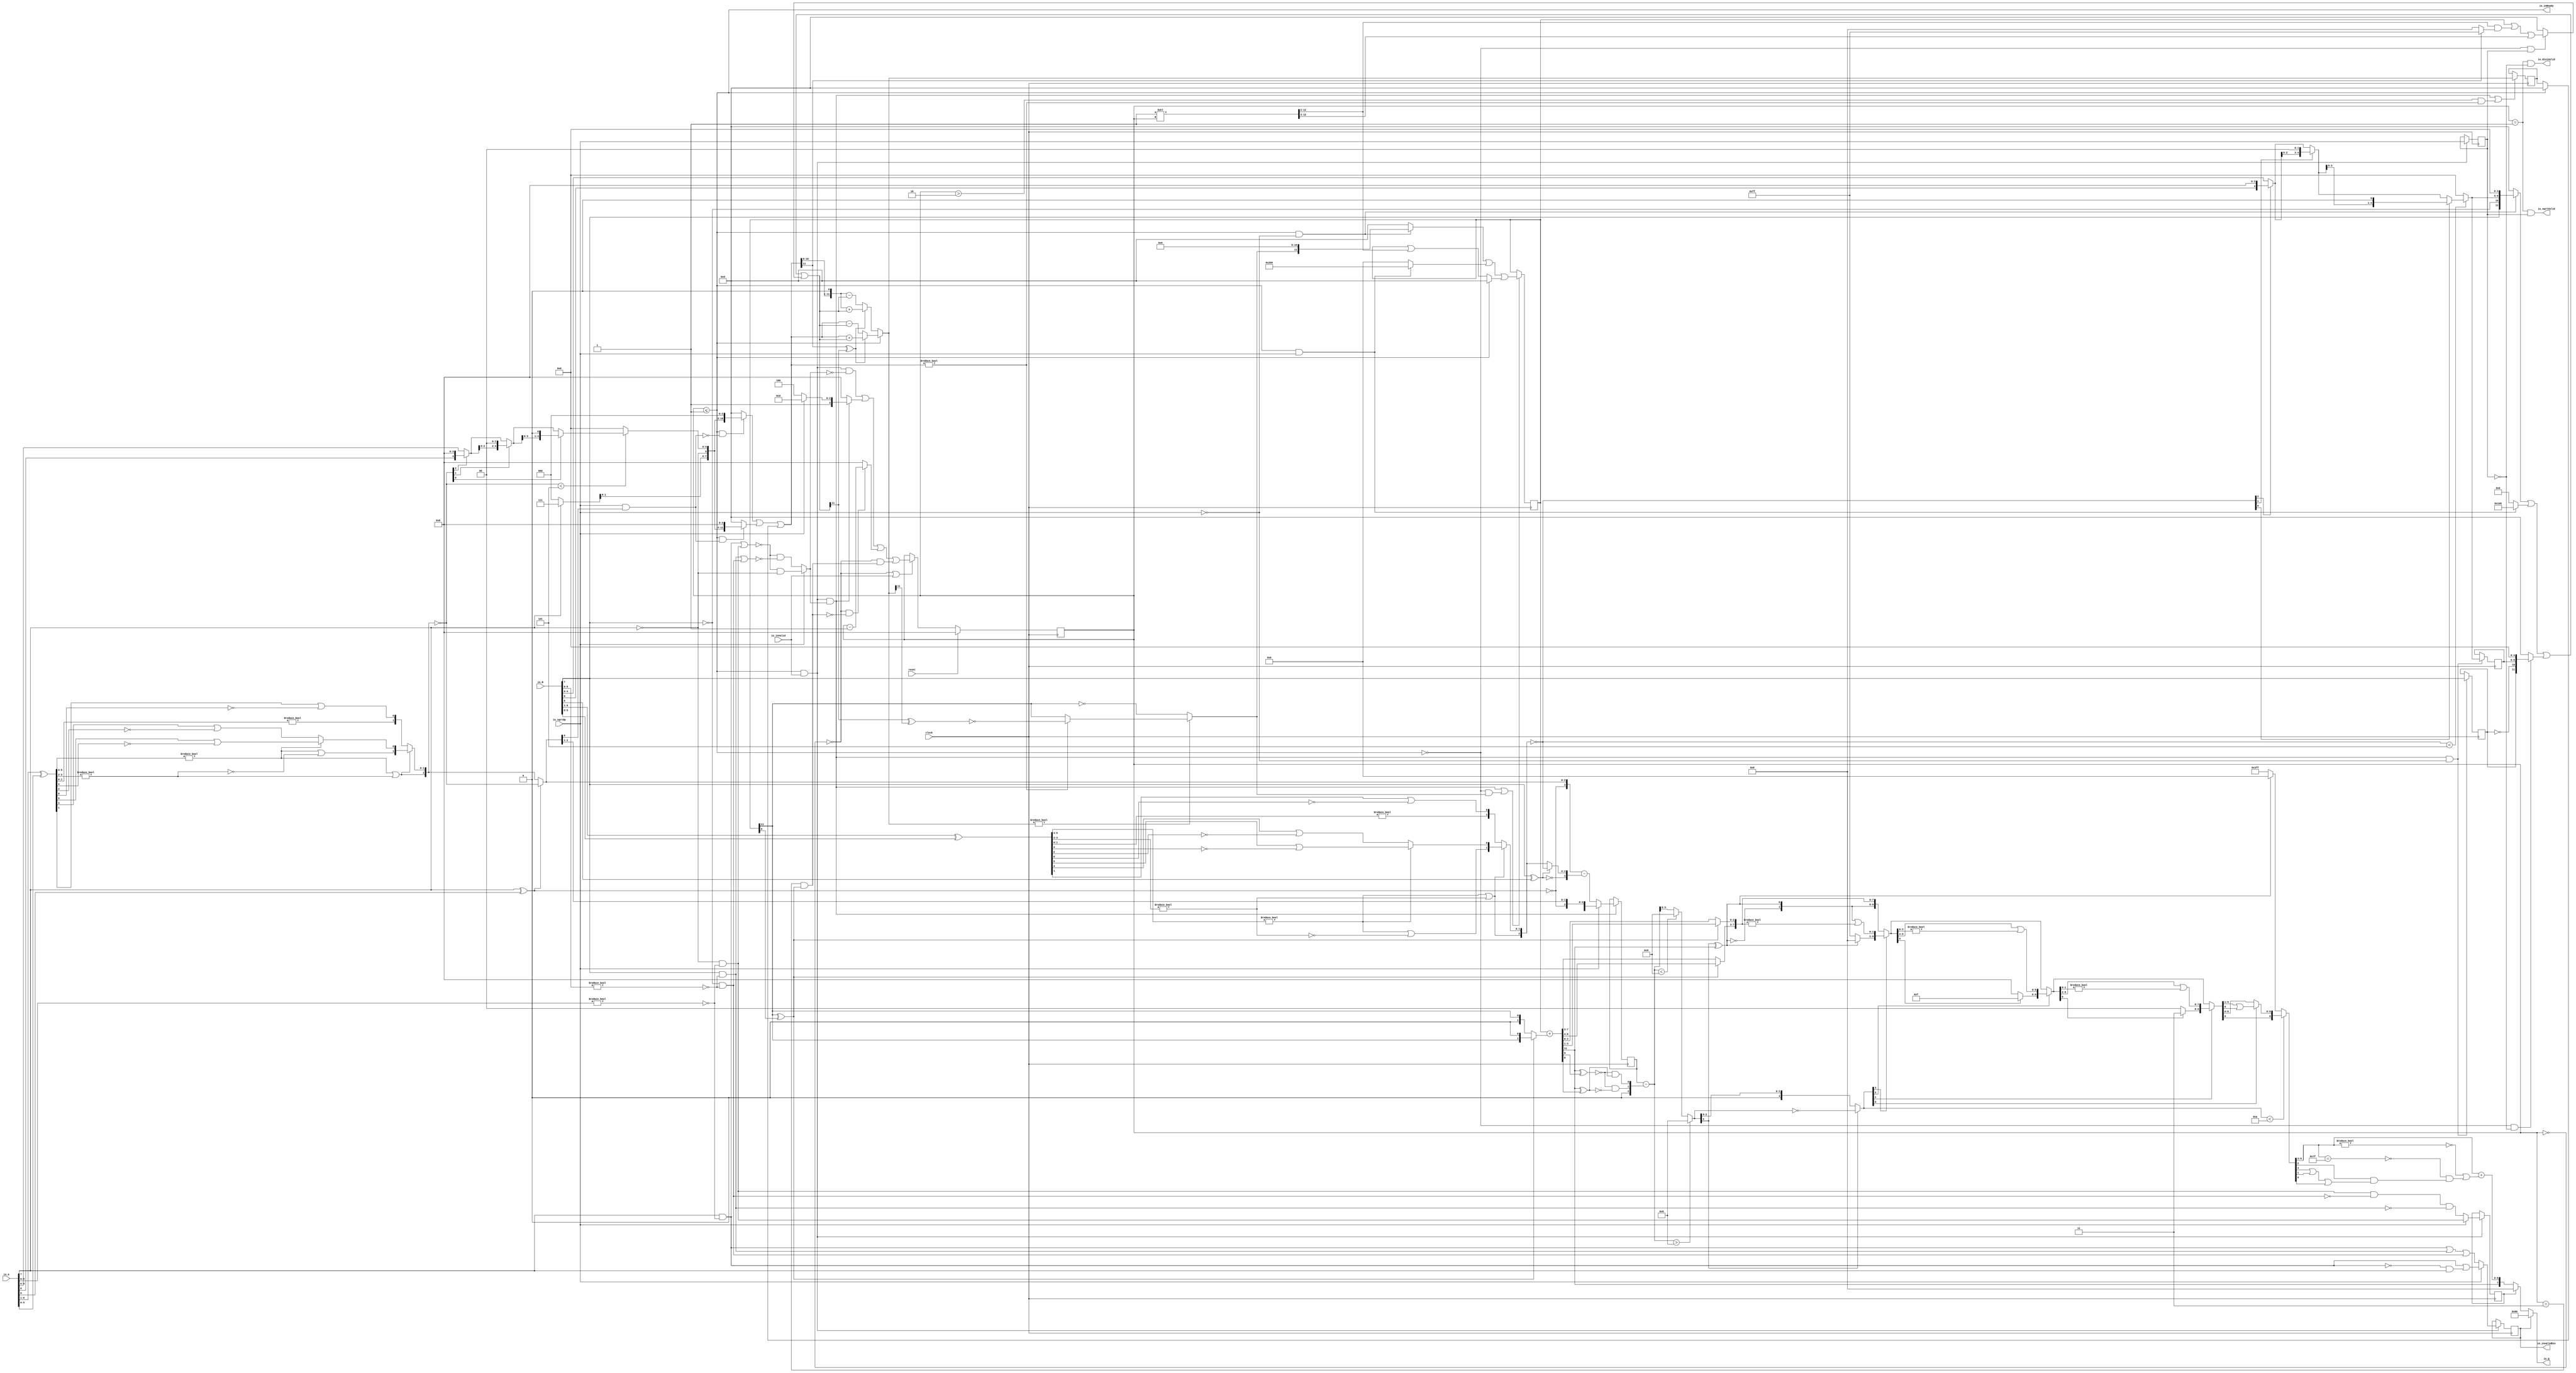
module PositDivSqrter8_0(
  input        clock,
  input        reset,
  output       io_inReady,
  input        io_inValid,
  input        io_sqrtOp,
  input  [7:0] io_A,
  input  [7:0] io_B,
  output       io_diviValid,
  output       io_sqrtValid,
  output       io_invalidExc,
  output [7:0] io_Q
);
  reg [3:0] cycleNum; // @[PositDivisionSqrt.scala 63:26]
  reg [31:0] _RAND_0;
  reg  sqrtOp_Z; // @[PositDivisionSqrt.scala 65:22]
  reg [31:0] _RAND_1;
  reg  isNaR_Z; // @[PositDivisionSqrt.scala 66:22]
  reg [31:0] _RAND_2;
  reg  isZero_Z; // @[PositDivisionSqrt.scala 67:22]
  reg [31:0] _RAND_3;
  reg [4:0] scale_Z; // @[PositDivisionSqrt.scala 68:22]
  reg [31:0] _RAND_4;
  reg  signB_Z; // @[PositDivisionSqrt.scala 69:28]
  reg [31:0] _RAND_5;
  reg [4:0] fractB_Z; // @[PositDivisionSqrt.scala 70:22]
  reg [31:0] _RAND_6;
  reg [11:0] rem_Z; // @[PositDivisionSqrt.scala 71:22]
  reg [31:0] _RAND_7;
  reg [11:0] sigX_Z; // @[PositDivisionSqrt.scala 72:22]
  reg [31:0] _RAND_8;
  wire  _T_1; // @[convert.scala 18:24]
  wire  _T_2; // @[convert.scala 18:40]
  wire  _T_3; // @[convert.scala 18:36]
  wire [5:0] _T_4; // @[convert.scala 19:24]
  wire [5:0] _T_5; // @[convert.scala 19:43]
  wire [5:0] _T_6; // @[convert.scala 19:39]
  wire [3:0] _T_7; // @[LZD.scala 43:32]
  wire [1:0] _T_8; // @[LZD.scala 43:32]
  wire  _T_9; // @[LZD.scala 39:14]
  wire  _T_10; // @[LZD.scala 39:21]
  wire  _T_11; // @[LZD.scala 39:30]
  wire  _T_12; // @[LZD.scala 39:27]
  wire  _T_13; // @[LZD.scala 39:25]
  wire [1:0] _T_14; // @[Cat.scala 29:58]
  wire [1:0] _T_15; // @[LZD.scala 44:32]
  wire  _T_16; // @[LZD.scala 39:14]
  wire  _T_17; // @[LZD.scala 39:21]
  wire  _T_18; // @[LZD.scala 39:30]
  wire  _T_19; // @[LZD.scala 39:27]
  wire  _T_20; // @[LZD.scala 39:25]
  wire [1:0] _T_21; // @[Cat.scala 29:58]
  wire  _T_22; // @[Shift.scala 12:21]
  wire  _T_23; // @[Shift.scala 12:21]
  wire  _T_24; // @[LZD.scala 49:16]
  wire  _T_25; // @[LZD.scala 49:27]
  wire  _T_26; // @[LZD.scala 49:25]
  wire  _T_27; // @[LZD.scala 49:47]
  wire  _T_28; // @[LZD.scala 49:59]
  wire  _T_29; // @[LZD.scala 49:35]
  wire [2:0] _T_31; // @[Cat.scala 29:58]
  wire [1:0] _T_32; // @[LZD.scala 44:32]
  wire  _T_33; // @[LZD.scala 39:14]
  wire  _T_34; // @[LZD.scala 39:21]
  wire  _T_35; // @[LZD.scala 39:30]
  wire  _T_36; // @[LZD.scala 39:27]
  wire  _T_37; // @[LZD.scala 39:25]
  wire [1:0] _T_38; // @[Cat.scala 29:58]
  wire  _T_39; // @[Shift.scala 12:21]
  wire [1:0] _T_41; // @[LZD.scala 55:32]
  wire [1:0] _T_42; // @[LZD.scala 55:20]
  wire [2:0] _T_43; // @[Cat.scala 29:58]
  wire [2:0] _T_44; // @[convert.scala 21:22]
  wire [4:0] _T_45; // @[convert.scala 22:36]
  wire  _T_46; // @[Shift.scala 16:24]
  wire  _T_48; // @[Shift.scala 12:21]
  wire  _T_49; // @[Shift.scala 64:52]
  wire [4:0] _T_51; // @[Cat.scala 29:58]
  wire [4:0] _T_52; // @[Shift.scala 64:27]
  wire [1:0] _T_53; // @[Shift.scala 66:70]
  wire  _T_54; // @[Shift.scala 12:21]
  wire [2:0] _T_55; // @[Shift.scala 64:52]
  wire [4:0] _T_57; // @[Cat.scala 29:58]
  wire [4:0] _T_58; // @[Shift.scala 64:27]
  wire  _T_59; // @[Shift.scala 66:70]
  wire [3:0] _T_61; // @[Shift.scala 64:52]
  wire [4:0] _T_62; // @[Cat.scala 29:58]
  wire [4:0] _T_63; // @[Shift.scala 64:27]
  wire [4:0] decA_fraction; // @[Shift.scala 16:10]
  wire  _T_67; // @[convert.scala 25:26]
  wire [2:0] _T_69; // @[convert.scala 25:42]
  wire [3:0] _T_70; // @[Cat.scala 29:58]
  wire [6:0] _T_72; // @[convert.scala 29:56]
  wire  _T_73; // @[convert.scala 29:60]
  wire  _T_74; // @[convert.scala 29:41]
  wire  decA_isNaR; // @[convert.scala 29:39]
  wire  _T_77; // @[convert.scala 30:19]
  wire  decA_isZero; // @[convert.scala 30:41]
  wire [3:0] decA_scale; // @[convert.scala 32:24]
  wire  _T_86; // @[convert.scala 18:24]
  wire  _T_87; // @[convert.scala 18:40]
  wire  _T_88; // @[convert.scala 18:36]
  wire [5:0] _T_89; // @[convert.scala 19:24]
  wire [5:0] _T_90; // @[convert.scala 19:43]
  wire [5:0] _T_91; // @[convert.scala 19:39]
  wire [3:0] _T_92; // @[LZD.scala 43:32]
  wire [1:0] _T_93; // @[LZD.scala 43:32]
  wire  _T_94; // @[LZD.scala 39:14]
  wire  _T_95; // @[LZD.scala 39:21]
  wire  _T_96; // @[LZD.scala 39:30]
  wire  _T_97; // @[LZD.scala 39:27]
  wire  _T_98; // @[LZD.scala 39:25]
  wire [1:0] _T_99; // @[Cat.scala 29:58]
  wire [1:0] _T_100; // @[LZD.scala 44:32]
  wire  _T_101; // @[LZD.scala 39:14]
  wire  _T_102; // @[LZD.scala 39:21]
  wire  _T_103; // @[LZD.scala 39:30]
  wire  _T_104; // @[LZD.scala 39:27]
  wire  _T_105; // @[LZD.scala 39:25]
  wire [1:0] _T_106; // @[Cat.scala 29:58]
  wire  _T_107; // @[Shift.scala 12:21]
  wire  _T_108; // @[Shift.scala 12:21]
  wire  _T_109; // @[LZD.scala 49:16]
  wire  _T_110; // @[LZD.scala 49:27]
  wire  _T_111; // @[LZD.scala 49:25]
  wire  _T_112; // @[LZD.scala 49:47]
  wire  _T_113; // @[LZD.scala 49:59]
  wire  _T_114; // @[LZD.scala 49:35]
  wire [2:0] _T_116; // @[Cat.scala 29:58]
  wire [1:0] _T_117; // @[LZD.scala 44:32]
  wire  _T_118; // @[LZD.scala 39:14]
  wire  _T_119; // @[LZD.scala 39:21]
  wire  _T_120; // @[LZD.scala 39:30]
  wire  _T_121; // @[LZD.scala 39:27]
  wire  _T_122; // @[LZD.scala 39:25]
  wire [1:0] _T_123; // @[Cat.scala 29:58]
  wire  _T_124; // @[Shift.scala 12:21]
  wire [1:0] _T_126; // @[LZD.scala 55:32]
  wire [1:0] _T_127; // @[LZD.scala 55:20]
  wire [2:0] _T_128; // @[Cat.scala 29:58]
  wire [2:0] _T_129; // @[convert.scala 21:22]
  wire [4:0] _T_130; // @[convert.scala 22:36]
  wire  _T_131; // @[Shift.scala 16:24]
  wire  _T_133; // @[Shift.scala 12:21]
  wire  _T_134; // @[Shift.scala 64:52]
  wire [4:0] _T_136; // @[Cat.scala 29:58]
  wire [4:0] _T_137; // @[Shift.scala 64:27]
  wire [1:0] _T_138; // @[Shift.scala 66:70]
  wire  _T_139; // @[Shift.scala 12:21]
  wire [2:0] _T_140; // @[Shift.scala 64:52]
  wire [4:0] _T_142; // @[Cat.scala 29:58]
  wire [4:0] _T_143; // @[Shift.scala 64:27]
  wire  _T_144; // @[Shift.scala 66:70]
  wire [3:0] _T_146; // @[Shift.scala 64:52]
  wire [4:0] _T_147; // @[Cat.scala 29:58]
  wire [4:0] _T_148; // @[Shift.scala 64:27]
  wire [4:0] decB_fraction; // @[Shift.scala 16:10]
  wire  _T_152; // @[convert.scala 25:26]
  wire [2:0] _T_154; // @[convert.scala 25:42]
  wire [3:0] _T_155; // @[Cat.scala 29:58]
  wire [6:0] _T_157; // @[convert.scala 29:56]
  wire  _T_158; // @[convert.scala 29:60]
  wire  _T_159; // @[convert.scala 29:41]
  wire  decB_isNaR; // @[convert.scala 29:39]
  wire  _T_162; // @[convert.scala 30:19]
  wire  decB_isZero; // @[convert.scala 30:41]
  wire [3:0] decB_scale; // @[convert.scala 32:24]
  wire [2:0] _T_171; // @[Bitwise.scala 71:12]
  wire  _T_172; // @[PositDivisionSqrt.scala 80:40]
  wire [11:0] sigA_S; // @[Cat.scala 29:58]
  wire  _T_175; // @[PositDivisionSqrt.scala 82:31]
  wire [11:0] sigB_S; // @[Cat.scala 29:58]
  wire  _T_178; // @[PositDivisionSqrt.scala 85:25]
  wire  invalidSqrt; // @[PositDivisionSqrt.scala 85:37]
  wire  _T_179; // @[PositDivisionSqrt.scala 88:42]
  wire  _T_180; // @[PositDivisionSqrt.scala 89:42]
  wire  _T_181; // @[PositDivisionSqrt.scala 89:56]
  wire  _T_182; // @[PositDivisionSqrt.scala 94:46]
  wire  _T_183; // @[PositDivisionSqrt.scala 94:43]
  wire  _T_184; // @[PositDivisionSqrt.scala 94:62]
  wire  _T_185; // @[PositDivisionSqrt.scala 94:59]
  wire  specialCaseA_S; // @[PositDivisionSqrt.scala 97:38]
  wire  specialCaseB_S; // @[PositDivisionSqrt.scala 98:38]
  wire  _T_186; // @[PositDivisionSqrt.scala 99:27]
  wire  _T_187; // @[PositDivisionSqrt.scala 99:46]
  wire  normalCase_S_div; // @[PositDivisionSqrt.scala 99:43]
  wire  normalCase_S_sqrt; // @[PositDivisionSqrt.scala 100:43]
  wire  normalCase_S; // @[PositDivisionSqrt.scala 101:30]
  wire [4:0] sExpQuot_S_div; // @[PositDivisionSqrt.scala 103:38]
  wire  _T_190; // @[PositDivisionSqrt.scala 104:50]
  wire  oddSqrt_S; // @[PositDivisionSqrt.scala 104:37]
  wire  idle; // @[PositDivisionSqrt.scala 109:39]
  wire  ready; // @[PositDivisionSqrt.scala 110:39]
  wire  entering; // @[PositDivisionSqrt.scala 111:35]
  wire  entering_normalCase; // @[PositDivisionSqrt.scala 112:38]
  wire  _T_191; // @[PositDivisionSqrt.scala 113:35]
  wire  _T_192; // @[PositDivisionSqrt.scala 113:58]
  wire  scaleNotChange; // @[PositDivisionSqrt.scala 113:50]
  wire  _T_193; // @[PositDivisionSqrt.scala 114:39]
  wire  skipCycle2; // @[PositDivisionSqrt.scala 114:48]
  wire  _T_194; // @[PositDivisionSqrt.scala 116:8]
  wire  _T_195; // @[PositDivisionSqrt.scala 116:14]
  wire  _T_196; // @[PositDivisionSqrt.scala 117:32]
  wire  _T_197; // @[PositDivisionSqrt.scala 117:30]
  wire [3:0] _T_199; // @[PositDivisionSqrt.scala 119:26]
  wire [3:0] _T_200; // @[PositDivisionSqrt.scala 118:20]
  wire [3:0] _GEN_9; // @[PositDivisionSqrt.scala 117:64]
  wire [3:0] _T_201; // @[PositDivisionSqrt.scala 117:64]
  wire  _T_203; // @[PositDivisionSqrt.scala 123:30]
  wire  _T_204; // @[PositDivisionSqrt.scala 123:27]
  wire [3:0] _T_206; // @[PositDivisionSqrt.scala 123:52]
  wire [3:0] _T_207; // @[PositDivisionSqrt.scala 123:20]
  wire [3:0] _T_208; // @[PositDivisionSqrt.scala 122:64]
  wire  _T_210; // @[PositDivisionSqrt.scala 124:27]
  wire [3:0] _GEN_10; // @[PositDivisionSqrt.scala 123:64]
  wire [3:0] _T_212; // @[PositDivisionSqrt.scala 123:64]
  wire [2:0] _T_213; // @[PositDivisionSqrt.scala 134:42]
  wire  _T_215; // @[PositDivisionSqrt.scala 137:31]
  wire  _T_216; // @[PositDivisionSqrt.scala 137:28]
  wire [15:0] _T_217; // @[PositDivisionSqrt.scala 146:22]
  wire [13:0] _T_218; // @[PositDivisionSqrt.scala 146:35]
  wire  _T_219; // @[PositDivisionSqrt.scala 148:26]
  wire  _T_220; // @[PositDivisionSqrt.scala 148:23]
  wire [11:0] _T_221; // @[PositDivisionSqrt.scala 148:16]
  wire  _T_222; // @[PositDivisionSqrt.scala 149:23]
  wire [12:0] _T_223; // @[PositDivisionSqrt.scala 149:46]
  wire [11:0] _T_224; // @[PositDivisionSqrt.scala 149:56]
  wire [11:0] _T_225; // @[PositDivisionSqrt.scala 149:16]
  wire [11:0] _T_226; // @[PositDivisionSqrt.scala 148:66]
  wire  _T_227; // @[PositDivisionSqrt.scala 150:17]
  wire [11:0] _T_228; // @[PositDivisionSqrt.scala 150:16]
  wire [11:0] rem; // @[PositDivisionSqrt.scala 149:66]
  wire  _T_230; // @[PositDivisionSqrt.scala 152:29]
  wire [11:0] _T_231; // @[PositDivisionSqrt.scala 152:22]
  wire  _T_232; // @[PositDivisionSqrt.scala 153:29]
  wire [8:0] _T_233; // @[PositDivisionSqrt.scala 153:22]
  wire [11:0] _GEN_11; // @[PositDivisionSqrt.scala 152:93]
  wire [11:0] _T_234; // @[PositDivisionSqrt.scala 152:93]
  wire  _T_236; // @[PositDivisionSqrt.scala 154:33]
  wire  _T_237; // @[PositDivisionSqrt.scala 154:30]
  wire  _T_238; // @[PositDivisionSqrt.scala 154:57]
  wire [11:0] _T_241; // @[Cat.scala 29:58]
  wire [11:0] _T_242; // @[PositDivisionSqrt.scala 154:22]
  wire [11:0] _T_243; // @[PositDivisionSqrt.scala 153:93]
  wire  _T_245; // @[PositDivisionSqrt.scala 155:30]
  wire  _T_246; // @[PositDivisionSqrt.scala 156:83]
  wire [7:0] _T_248; // @[Bitwise.scala 71:12]
  wire [10:0] bitMask; // @[PositDivisionSqrt.scala 145:21 PositDivisionSqrt.scala 146:14]
  wire [10:0] _GEN_12; // @[PositDivisionSqrt.scala 156:53]
  wire [10:0] _T_249; // @[PositDivisionSqrt.scala 156:53]
  wire [11:0] _GEN_13; // @[PositDivisionSqrt.scala 155:51]
  wire [11:0] _T_250; // @[PositDivisionSqrt.scala 155:51]
  wire [9:0] _T_251; // @[PositDivisionSqrt.scala 157:53]
  wire [11:0] _GEN_14; // @[PositDivisionSqrt.scala 156:89]
  wire [11:0] _T_252; // @[PositDivisionSqrt.scala 156:89]
  wire [11:0] _T_253; // @[PositDivisionSqrt.scala 155:22]
  wire [11:0] trialTerm; // @[PositDivisionSqrt.scala 154:93]
  wire  _T_255; // @[PositDivisionSqrt.scala 162:56]
  wire  _T_256; // @[PositDivisionSqrt.scala 162:40]
  wire [11:0] _T_259; // @[PositDivisionSqrt.scala 163:97]
  wire [11:0] _T_261; // @[PositDivisionSqrt.scala 164:97]
  wire [11:0] _T_262; // @[PositDivisionSqrt.scala 161:92]
  wire [12:0] _T_267; // @[PositDivisionSqrt.scala 168:98]
  wire [11:0] _T_268; // @[PositDivisionSqrt.scala 168:108]
  wire [11:0] _T_270; // @[PositDivisionSqrt.scala 168:112]
  wire [11:0] _T_274; // @[PositDivisionSqrt.scala 169:112]
  wire [11:0] _T_275; // @[PositDivisionSqrt.scala 166:26]
  wire [11:0] trialRem; // @[PositDivisionSqrt.scala 159:27]
  wire  _T_276; // @[PositDivisionSqrt.scala 173:35]
  wire  trIsZero; // @[PositDivisionSqrt.scala 173:25]
  wire  _T_277; // @[PositDivisionSqrt.scala 174:30]
  wire  remIsZero; // @[PositDivisionSqrt.scala 174:25]
  wire  _T_279; // @[PositDivisionSqrt.scala 176:64]
  wire  _T_280; // @[PositDivisionSqrt.scala 176:49]
  wire  _T_281; // @[PositDivisionSqrt.scala 176:29]
  wire  _T_282; // @[PositDivisionSqrt.scala 178:61]
  wire  _T_283; // @[PositDivisionSqrt.scala 178:49]
  wire  _T_285; // @[Mux.scala 87:16]
  wire  newBit; // @[Mux.scala 87:16]
  wire  _T_286; // @[PositDivisionSqrt.scala 183:41]
  wire  _T_287; // @[PositDivisionSqrt.scala 183:51]
  wire  _T_288; // @[PositDivisionSqrt.scala 183:48]
  wire  _T_289; // @[PositDivisionSqrt.scala 183:28]
  wire  _T_292; // @[PositDivisionSqrt.scala 187:39]
  wire  _T_293; // @[PositDivisionSqrt.scala 187:28]
  wire [11:0] _T_296; // @[PositDivisionSqrt.scala 188:47]
  wire [11:0] _T_297; // @[PositDivisionSqrt.scala 188:18]
  wire [9:0] _T_299; // @[PositDivisionSqrt.scala 189:18]
  wire [11:0] _GEN_15; // @[PositDivisionSqrt.scala 188:78]
  wire [11:0] _T_300; // @[PositDivisionSqrt.scala 188:78]
  wire [11:0] _GEN_16; // @[PositDivisionSqrt.scala 190:47]
  wire [11:0] _T_302; // @[PositDivisionSqrt.scala 190:47]
  wire [11:0] _T_303; // @[PositDivisionSqrt.scala 190:18]
  wire [11:0] _T_304; // @[PositDivisionSqrt.scala 189:78]
  wire [1:0] _T_306; // @[PositDivisionSqrt.scala 196:53]
  wire [1:0] sigXBias; // @[PositDivisionSqrt.scala 196:21]
  wire [11:0] _GEN_17; // @[PositDivisionSqrt.scala 197:25]
  wire [11:0] realSigX; // @[PositDivisionSqrt.scala 197:25]
  wire [4:0] _T_309; // @[PositDivisionSqrt.scala 200:97]
  wire [4:0] _T_310; // @[PositDivisionSqrt.scala 201:97]
  wire [4:0] realFrac; // @[PositDivisionSqrt.scala 198:21]
  wire  _T_311; // @[PositDivisionSqrt.scala 205:33]
  wire  _T_312; // @[PositDivisionSqrt.scala 205:58]
  wire  _T_313; // @[PositDivisionSqrt.scala 205:48]
  wire  scaleNeedSub; // @[PositDivisionSqrt.scala 205:23]
  wire  _T_315; // @[PositDivisionSqrt.scala 206:56]
  wire  notNeedSubTwo; // @[PositDivisionSqrt.scala 206:46]
  wire  scaleSubOne; // @[PositDivisionSqrt.scala 207:36]
  wire  _T_316; // @[PositDivisionSqrt.scala 208:38]
  wire  scaleSubTwo; // @[PositDivisionSqrt.scala 208:36]
  wire [1:0] _T_317; // @[Cat.scala 29:58]
  wire [2:0] _T_318; // @[PositDivisionSqrt.scala 209:63]
  wire [4:0] _GEN_18; // @[PositDivisionSqrt.scala 209:31]
  wire [4:0] _T_320; // @[PositDivisionSqrt.scala 209:31]
  wire [4:0] realExp; // @[PositDivisionSqrt.scala 209:31]
  wire  underflow; // @[PositDivisionSqrt.scala 210:31]
  wire  overflow; // @[PositDivisionSqrt.scala 211:31]
  wire  decQ_sign; // @[PositDivisionSqrt.scala 215:33]
  wire [4:0] _T_322; // @[Mux.scala 87:16]
  wire [4:0] _T_323; // @[Mux.scala 87:16]
  wire [2:0] _T_324; // @[PositDivisionSqrt.scala 224:48]
  wire [2:0] _T_325; // @[PositDivisionSqrt.scala 224:64]
  wire [2:0] decQ_grs; // @[PositDivisionSqrt.scala 224:23]
  wire  outValid; // @[PositDivisionSqrt.scala 229:28]
  wire [3:0] _GEN_19; // @[PositDivisionSqrt.scala 204:27 PositDivisionSqrt.scala 216:23]
  wire [3:0] decQ_scale; // @[PositDivisionSqrt.scala 204:27 PositDivisionSqrt.scala 216:23]
  wire  _T_332; // @[convert.scala 49:36]
  wire [3:0] _T_334; // @[convert.scala 50:36]
  wire [3:0] _T_335; // @[convert.scala 50:36]
  wire [3:0] _T_336; // @[convert.scala 50:28]
  wire  _T_337; // @[convert.scala 51:31]
  wire  _T_338; // @[convert.scala 53:34]
  wire [9:0] _T_341; // @[Cat.scala 29:58]
  wire [3:0] _T_342; // @[Shift.scala 39:17]
  wire  _T_343; // @[Shift.scala 39:24]
  wire [1:0] _T_345; // @[Shift.scala 90:30]
  wire [7:0] _T_346; // @[Shift.scala 90:48]
  wire  _T_347; // @[Shift.scala 90:57]
  wire [1:0] _GEN_20; // @[Shift.scala 90:39]
  wire [1:0] _T_348; // @[Shift.scala 90:39]
  wire  _T_349; // @[Shift.scala 12:21]
  wire  _T_350; // @[Shift.scala 12:21]
  wire [7:0] _T_352; // @[Bitwise.scala 71:12]
  wire [9:0] _T_353; // @[Cat.scala 29:58]
  wire [9:0] _T_354; // @[Shift.scala 91:22]
  wire [2:0] _T_355; // @[Shift.scala 92:77]
  wire [5:0] _T_356; // @[Shift.scala 90:30]
  wire [3:0] _T_357; // @[Shift.scala 90:48]
  wire  _T_358; // @[Shift.scala 90:57]
  wire [5:0] _GEN_21; // @[Shift.scala 90:39]
  wire [5:0] _T_359; // @[Shift.scala 90:39]
  wire  _T_360; // @[Shift.scala 12:21]
  wire  _T_361; // @[Shift.scala 12:21]
  wire [3:0] _T_363; // @[Bitwise.scala 71:12]
  wire [9:0] _T_364; // @[Cat.scala 29:58]
  wire [9:0] _T_365; // @[Shift.scala 91:22]
  wire [1:0] _T_366; // @[Shift.scala 92:77]
  wire [7:0] _T_367; // @[Shift.scala 90:30]
  wire [1:0] _T_368; // @[Shift.scala 90:48]
  wire  _T_369; // @[Shift.scala 90:57]
  wire [7:0] _GEN_22; // @[Shift.scala 90:39]
  wire [7:0] _T_370; // @[Shift.scala 90:39]
  wire  _T_371; // @[Shift.scala 12:21]
  wire  _T_372; // @[Shift.scala 12:21]
  wire [1:0] _T_374; // @[Bitwise.scala 71:12]
  wire [9:0] _T_375; // @[Cat.scala 29:58]
  wire [9:0] _T_376; // @[Shift.scala 91:22]
  wire  _T_377; // @[Shift.scala 92:77]
  wire [8:0] _T_378; // @[Shift.scala 90:30]
  wire  _T_379; // @[Shift.scala 90:48]
  wire [8:0] _GEN_23; // @[Shift.scala 90:39]
  wire [8:0] _T_381; // @[Shift.scala 90:39]
  wire  _T_383; // @[Shift.scala 12:21]
  wire [9:0] _T_384; // @[Cat.scala 29:58]
  wire [9:0] _T_385; // @[Shift.scala 91:22]
  wire [9:0] _T_388; // @[Bitwise.scala 71:12]
  wire [9:0] _T_389; // @[Shift.scala 39:10]
  wire  _T_390; // @[convert.scala 55:31]
  wire  _T_391; // @[convert.scala 56:31]
  wire  _T_392; // @[convert.scala 57:31]
  wire  _T_393; // @[convert.scala 58:31]
  wire [6:0] _T_394; // @[convert.scala 59:69]
  wire  _T_395; // @[convert.scala 59:81]
  wire  _T_396; // @[convert.scala 59:50]
  wire  _T_398; // @[convert.scala 60:81]
  wire  _T_399; // @[convert.scala 61:44]
  wire  _T_400; // @[convert.scala 61:52]
  wire  _T_401; // @[convert.scala 61:36]
  wire  _T_402; // @[convert.scala 62:63]
  wire  _T_403; // @[convert.scala 62:103]
  wire  _T_404; // @[convert.scala 62:60]
  wire [6:0] _GEN_24; // @[convert.scala 63:56]
  wire [6:0] _T_407; // @[convert.scala 63:56]
  wire [7:0] _T_408; // @[Cat.scala 29:58]
  wire [7:0] _T_410; // @[Mux.scala 87:16]
  assign _T_1 = io_A[7]; // @[convert.scala 18:24]
  assign _T_2 = io_A[6]; // @[convert.scala 18:40]
  assign _T_3 = _T_1 ^ _T_2; // @[convert.scala 18:36]
  assign _T_4 = io_A[6:1]; // @[convert.scala 19:24]
  assign _T_5 = io_A[5:0]; // @[convert.scala 19:43]
  assign _T_6 = _T_4 ^ _T_5; // @[convert.scala 19:39]
  assign _T_7 = _T_6[5:2]; // @[LZD.scala 43:32]
  assign _T_8 = _T_7[3:2]; // @[LZD.scala 43:32]
  assign _T_9 = _T_8 != 2'h0; // @[LZD.scala 39:14]
  assign _T_10 = _T_8[1]; // @[LZD.scala 39:21]
  assign _T_11 = _T_8[0]; // @[LZD.scala 39:30]
  assign _T_12 = ~ _T_11; // @[LZD.scala 39:27]
  assign _T_13 = _T_10 | _T_12; // @[LZD.scala 39:25]
  assign _T_14 = {_T_9,_T_13}; // @[Cat.scala 29:58]
  assign _T_15 = _T_7[1:0]; // @[LZD.scala 44:32]
  assign _T_16 = _T_15 != 2'h0; // @[LZD.scala 39:14]
  assign _T_17 = _T_15[1]; // @[LZD.scala 39:21]
  assign _T_18 = _T_15[0]; // @[LZD.scala 39:30]
  assign _T_19 = ~ _T_18; // @[LZD.scala 39:27]
  assign _T_20 = _T_17 | _T_19; // @[LZD.scala 39:25]
  assign _T_21 = {_T_16,_T_20}; // @[Cat.scala 29:58]
  assign _T_22 = _T_14[1]; // @[Shift.scala 12:21]
  assign _T_23 = _T_21[1]; // @[Shift.scala 12:21]
  assign _T_24 = _T_22 | _T_23; // @[LZD.scala 49:16]
  assign _T_25 = ~ _T_23; // @[LZD.scala 49:27]
  assign _T_26 = _T_22 | _T_25; // @[LZD.scala 49:25]
  assign _T_27 = _T_14[0:0]; // @[LZD.scala 49:47]
  assign _T_28 = _T_21[0:0]; // @[LZD.scala 49:59]
  assign _T_29 = _T_22 ? _T_27 : _T_28; // @[LZD.scala 49:35]
  assign _T_31 = {_T_24,_T_26,_T_29}; // @[Cat.scala 29:58]
  assign _T_32 = _T_6[1:0]; // @[LZD.scala 44:32]
  assign _T_33 = _T_32 != 2'h0; // @[LZD.scala 39:14]
  assign _T_34 = _T_32[1]; // @[LZD.scala 39:21]
  assign _T_35 = _T_32[0]; // @[LZD.scala 39:30]
  assign _T_36 = ~ _T_35; // @[LZD.scala 39:27]
  assign _T_37 = _T_34 | _T_36; // @[LZD.scala 39:25]
  assign _T_38 = {_T_33,_T_37}; // @[Cat.scala 29:58]
  assign _T_39 = _T_31[2]; // @[Shift.scala 12:21]
  assign _T_41 = _T_31[1:0]; // @[LZD.scala 55:32]
  assign _T_42 = _T_39 ? _T_41 : _T_38; // @[LZD.scala 55:20]
  assign _T_43 = {_T_39,_T_42}; // @[Cat.scala 29:58]
  assign _T_44 = ~ _T_43; // @[convert.scala 21:22]
  assign _T_45 = io_A[4:0]; // @[convert.scala 22:36]
  assign _T_46 = _T_44 < 3'h5; // @[Shift.scala 16:24]
  assign _T_48 = _T_44[2]; // @[Shift.scala 12:21]
  assign _T_49 = _T_45[0:0]; // @[Shift.scala 64:52]
  assign _T_51 = {_T_49,4'h0}; // @[Cat.scala 29:58]
  assign _T_52 = _T_48 ? _T_51 : _T_45; // @[Shift.scala 64:27]
  assign _T_53 = _T_44[1:0]; // @[Shift.scala 66:70]
  assign _T_54 = _T_53[1]; // @[Shift.scala 12:21]
  assign _T_55 = _T_52[2:0]; // @[Shift.scala 64:52]
  assign _T_57 = {_T_55,2'h0}; // @[Cat.scala 29:58]
  assign _T_58 = _T_54 ? _T_57 : _T_52; // @[Shift.scala 64:27]
  assign _T_59 = _T_53[0:0]; // @[Shift.scala 66:70]
  assign _T_61 = _T_58[3:0]; // @[Shift.scala 64:52]
  assign _T_62 = {_T_61,1'h0}; // @[Cat.scala 29:58]
  assign _T_63 = _T_59 ? _T_62 : _T_58; // @[Shift.scala 64:27]
  assign decA_fraction = _T_46 ? _T_63 : 5'h0; // @[Shift.scala 16:10]
  assign _T_67 = _T_3 == 1'h0; // @[convert.scala 25:26]
  assign _T_69 = _T_3 ? _T_44 : _T_43; // @[convert.scala 25:42]
  assign _T_70 = {_T_67,_T_69}; // @[Cat.scala 29:58]
  assign _T_72 = io_A[6:0]; // @[convert.scala 29:56]
  assign _T_73 = _T_72 != 7'h0; // @[convert.scala 29:60]
  assign _T_74 = ~ _T_73; // @[convert.scala 29:41]
  assign decA_isNaR = _T_1 & _T_74; // @[convert.scala 29:39]
  assign _T_77 = _T_1 == 1'h0; // @[convert.scala 30:19]
  assign decA_isZero = _T_77 & _T_74; // @[convert.scala 30:41]
  assign decA_scale = $signed(_T_70); // @[convert.scala 32:24]
  assign _T_86 = io_B[7]; // @[convert.scala 18:24]
  assign _T_87 = io_B[6]; // @[convert.scala 18:40]
  assign _T_88 = _T_86 ^ _T_87; // @[convert.scala 18:36]
  assign _T_89 = io_B[6:1]; // @[convert.scala 19:24]
  assign _T_90 = io_B[5:0]; // @[convert.scala 19:43]
  assign _T_91 = _T_89 ^ _T_90; // @[convert.scala 19:39]
  assign _T_92 = _T_91[5:2]; // @[LZD.scala 43:32]
  assign _T_93 = _T_92[3:2]; // @[LZD.scala 43:32]
  assign _T_94 = _T_93 != 2'h0; // @[LZD.scala 39:14]
  assign _T_95 = _T_93[1]; // @[LZD.scala 39:21]
  assign _T_96 = _T_93[0]; // @[LZD.scala 39:30]
  assign _T_97 = ~ _T_96; // @[LZD.scala 39:27]
  assign _T_98 = _T_95 | _T_97; // @[LZD.scala 39:25]
  assign _T_99 = {_T_94,_T_98}; // @[Cat.scala 29:58]
  assign _T_100 = _T_92[1:0]; // @[LZD.scala 44:32]
  assign _T_101 = _T_100 != 2'h0; // @[LZD.scala 39:14]
  assign _T_102 = _T_100[1]; // @[LZD.scala 39:21]
  assign _T_103 = _T_100[0]; // @[LZD.scala 39:30]
  assign _T_104 = ~ _T_103; // @[LZD.scala 39:27]
  assign _T_105 = _T_102 | _T_104; // @[LZD.scala 39:25]
  assign _T_106 = {_T_101,_T_105}; // @[Cat.scala 29:58]
  assign _T_107 = _T_99[1]; // @[Shift.scala 12:21]
  assign _T_108 = _T_106[1]; // @[Shift.scala 12:21]
  assign _T_109 = _T_107 | _T_108; // @[LZD.scala 49:16]
  assign _T_110 = ~ _T_108; // @[LZD.scala 49:27]
  assign _T_111 = _T_107 | _T_110; // @[LZD.scala 49:25]
  assign _T_112 = _T_99[0:0]; // @[LZD.scala 49:47]
  assign _T_113 = _T_106[0:0]; // @[LZD.scala 49:59]
  assign _T_114 = _T_107 ? _T_112 : _T_113; // @[LZD.scala 49:35]
  assign _T_116 = {_T_109,_T_111,_T_114}; // @[Cat.scala 29:58]
  assign _T_117 = _T_91[1:0]; // @[LZD.scala 44:32]
  assign _T_118 = _T_117 != 2'h0; // @[LZD.scala 39:14]
  assign _T_119 = _T_117[1]; // @[LZD.scala 39:21]
  assign _T_120 = _T_117[0]; // @[LZD.scala 39:30]
  assign _T_121 = ~ _T_120; // @[LZD.scala 39:27]
  assign _T_122 = _T_119 | _T_121; // @[LZD.scala 39:25]
  assign _T_123 = {_T_118,_T_122}; // @[Cat.scala 29:58]
  assign _T_124 = _T_116[2]; // @[Shift.scala 12:21]
  assign _T_126 = _T_116[1:0]; // @[LZD.scala 55:32]
  assign _T_127 = _T_124 ? _T_126 : _T_123; // @[LZD.scala 55:20]
  assign _T_128 = {_T_124,_T_127}; // @[Cat.scala 29:58]
  assign _T_129 = ~ _T_128; // @[convert.scala 21:22]
  assign _T_130 = io_B[4:0]; // @[convert.scala 22:36]
  assign _T_131 = _T_129 < 3'h5; // @[Shift.scala 16:24]
  assign _T_133 = _T_129[2]; // @[Shift.scala 12:21]
  assign _T_134 = _T_130[0:0]; // @[Shift.scala 64:52]
  assign _T_136 = {_T_134,4'h0}; // @[Cat.scala 29:58]
  assign _T_137 = _T_133 ? _T_136 : _T_130; // @[Shift.scala 64:27]
  assign _T_138 = _T_129[1:0]; // @[Shift.scala 66:70]
  assign _T_139 = _T_138[1]; // @[Shift.scala 12:21]
  assign _T_140 = _T_137[2:0]; // @[Shift.scala 64:52]
  assign _T_142 = {_T_140,2'h0}; // @[Cat.scala 29:58]
  assign _T_143 = _T_139 ? _T_142 : _T_137; // @[Shift.scala 64:27]
  assign _T_144 = _T_138[0:0]; // @[Shift.scala 66:70]
  assign _T_146 = _T_143[3:0]; // @[Shift.scala 64:52]
  assign _T_147 = {_T_146,1'h0}; // @[Cat.scala 29:58]
  assign _T_148 = _T_144 ? _T_147 : _T_143; // @[Shift.scala 64:27]
  assign decB_fraction = _T_131 ? _T_148 : 5'h0; // @[Shift.scala 16:10]
  assign _T_152 = _T_88 == 1'h0; // @[convert.scala 25:26]
  assign _T_154 = _T_88 ? _T_129 : _T_128; // @[convert.scala 25:42]
  assign _T_155 = {_T_152,_T_154}; // @[Cat.scala 29:58]
  assign _T_157 = io_B[6:0]; // @[convert.scala 29:56]
  assign _T_158 = _T_157 != 7'h0; // @[convert.scala 29:60]
  assign _T_159 = ~ _T_158; // @[convert.scala 29:41]
  assign decB_isNaR = _T_86 & _T_159; // @[convert.scala 29:39]
  assign _T_162 = _T_86 == 1'h0; // @[convert.scala 30:19]
  assign decB_isZero = _T_162 & _T_159; // @[convert.scala 30:41]
  assign decB_scale = $signed(_T_155); // @[convert.scala 32:24]
  assign _T_171 = _T_1 ? 3'h7 : 3'h0; // @[Bitwise.scala 71:12]
  assign _T_172 = ~ _T_1; // @[PositDivisionSqrt.scala 80:40]
  assign sigA_S = {_T_171,_T_172,decA_fraction,3'h0}; // @[Cat.scala 29:58]
  assign _T_175 = ~ _T_86; // @[PositDivisionSqrt.scala 82:31]
  assign sigB_S = {_T_86,_T_175,decB_fraction,5'h0}; // @[Cat.scala 29:58]
  assign _T_178 = decA_isNaR == 1'h0; // @[PositDivisionSqrt.scala 85:25]
  assign invalidSqrt = _T_178 & _T_1; // @[PositDivisionSqrt.scala 85:37]
  assign _T_179 = decA_isNaR | invalidSqrt; // @[PositDivisionSqrt.scala 88:42]
  assign _T_180 = decA_isNaR | decB_isNaR; // @[PositDivisionSqrt.scala 89:42]
  assign _T_181 = _T_180 | decB_isZero; // @[PositDivisionSqrt.scala 89:56]
  assign _T_182 = decB_isZero == 1'h0; // @[PositDivisionSqrt.scala 94:46]
  assign _T_183 = decA_isZero & _T_182; // @[PositDivisionSqrt.scala 94:43]
  assign _T_184 = decB_isNaR == 1'h0; // @[PositDivisionSqrt.scala 94:62]
  assign _T_185 = _T_183 & _T_184; // @[PositDivisionSqrt.scala 94:59]
  assign specialCaseA_S = decA_isNaR | decA_isZero; // @[PositDivisionSqrt.scala 97:38]
  assign specialCaseB_S = decB_isNaR | decB_isZero; // @[PositDivisionSqrt.scala 98:38]
  assign _T_186 = specialCaseA_S == 1'h0; // @[PositDivisionSqrt.scala 99:27]
  assign _T_187 = specialCaseB_S == 1'h0; // @[PositDivisionSqrt.scala 99:46]
  assign normalCase_S_div = _T_186 & _T_187; // @[PositDivisionSqrt.scala 99:43]
  assign normalCase_S_sqrt = _T_186 & _T_77; // @[PositDivisionSqrt.scala 100:43]
  assign normalCase_S = io_sqrtOp ? normalCase_S_sqrt : normalCase_S_div; // @[PositDivisionSqrt.scala 101:30]
  assign sExpQuot_S_div = $signed(decA_scale) - $signed(decB_scale); // @[PositDivisionSqrt.scala 103:38]
  assign _T_190 = decA_scale[0]; // @[PositDivisionSqrt.scala 104:50]
  assign oddSqrt_S = io_sqrtOp & _T_190; // @[PositDivisionSqrt.scala 104:37]
  assign idle = cycleNum == 4'h0; // @[PositDivisionSqrt.scala 109:39]
  assign ready = cycleNum <= 4'h1; // @[PositDivisionSqrt.scala 110:39]
  assign entering = ready & io_inValid; // @[PositDivisionSqrt.scala 111:35]
  assign entering_normalCase = entering & normalCase_S; // @[PositDivisionSqrt.scala 112:38]
  assign _T_191 = sigX_Z[11]; // @[PositDivisionSqrt.scala 113:35]
  assign _T_192 = sigX_Z[9]; // @[PositDivisionSqrt.scala 113:58]
  assign scaleNotChange = _T_191 ^ _T_192; // @[PositDivisionSqrt.scala 113:50]
  assign _T_193 = cycleNum == 4'h3; // @[PositDivisionSqrt.scala 114:39]
  assign skipCycle2 = _T_193 & scaleNotChange; // @[PositDivisionSqrt.scala 114:48]
  assign _T_194 = idle == 1'h0; // @[PositDivisionSqrt.scala 116:8]
  assign _T_195 = _T_194 | io_inValid; // @[PositDivisionSqrt.scala 116:14]
  assign _T_196 = normalCase_S == 1'h0; // @[PositDivisionSqrt.scala 117:32]
  assign _T_197 = entering & _T_196; // @[PositDivisionSqrt.scala 117:30]
  assign _T_199 = io_sqrtOp ? 4'ha : 4'hc; // @[PositDivisionSqrt.scala 119:26]
  assign _T_200 = entering_normalCase ? _T_199 : 4'h0; // @[PositDivisionSqrt.scala 118:20]
  assign _GEN_9 = {{3'd0}, _T_197}; // @[PositDivisionSqrt.scala 117:64]
  assign _T_201 = _GEN_9 | _T_200; // @[PositDivisionSqrt.scala 117:64]
  assign _T_203 = skipCycle2 == 1'h0; // @[PositDivisionSqrt.scala 123:30]
  assign _T_204 = _T_194 & _T_203; // @[PositDivisionSqrt.scala 123:27]
  assign _T_206 = cycleNum - 4'h1; // @[PositDivisionSqrt.scala 123:52]
  assign _T_207 = _T_204 ? _T_206 : 4'h0; // @[PositDivisionSqrt.scala 123:20]
  assign _T_208 = _T_201 | _T_207; // @[PositDivisionSqrt.scala 122:64]
  assign _T_210 = _T_194 & skipCycle2; // @[PositDivisionSqrt.scala 124:27]
  assign _GEN_10 = {{3'd0}, _T_210}; // @[PositDivisionSqrt.scala 123:64]
  assign _T_212 = _T_208 | _GEN_10; // @[PositDivisionSqrt.scala 123:64]
  assign _T_213 = decA_scale[3:1]; // @[PositDivisionSqrt.scala 134:42]
  assign _T_215 = io_sqrtOp == 1'h0; // @[PositDivisionSqrt.scala 137:31]
  assign _T_216 = entering_normalCase & _T_215; // @[PositDivisionSqrt.scala 137:28]
  assign _T_217 = 16'h1 << cycleNum; // @[PositDivisionSqrt.scala 146:22]
  assign _T_218 = _T_217[15:2]; // @[PositDivisionSqrt.scala 146:35]
  assign _T_219 = oddSqrt_S == 1'h0; // @[PositDivisionSqrt.scala 148:26]
  assign _T_220 = ready & _T_219; // @[PositDivisionSqrt.scala 148:23]
  assign _T_221 = _T_220 ? sigA_S : 12'h0; // @[PositDivisionSqrt.scala 148:16]
  assign _T_222 = ready & oddSqrt_S; // @[PositDivisionSqrt.scala 149:23]
  assign _T_223 = {sigA_S, 1'h0}; // @[PositDivisionSqrt.scala 149:46]
  assign _T_224 = _T_223[11:0]; // @[PositDivisionSqrt.scala 149:56]
  assign _T_225 = _T_222 ? _T_224 : 12'h0; // @[PositDivisionSqrt.scala 149:16]
  assign _T_226 = _T_221 | _T_225; // @[PositDivisionSqrt.scala 148:66]
  assign _T_227 = ready == 1'h0; // @[PositDivisionSqrt.scala 150:17]
  assign _T_228 = _T_227 ? rem_Z : 12'h0; // @[PositDivisionSqrt.scala 150:16]
  assign rem = _T_226 | _T_228; // @[PositDivisionSqrt.scala 149:66]
  assign _T_230 = ready & _T_215; // @[PositDivisionSqrt.scala 152:29]
  assign _T_231 = _T_230 ? sigB_S : 12'h0; // @[PositDivisionSqrt.scala 152:22]
  assign _T_232 = ready & io_sqrtOp; // @[PositDivisionSqrt.scala 153:29]
  assign _T_233 = _T_232 ? 9'h100 : 9'h0; // @[PositDivisionSqrt.scala 153:22]
  assign _GEN_11 = {{3'd0}, _T_233}; // @[PositDivisionSqrt.scala 152:93]
  assign _T_234 = _T_231 | _GEN_11; // @[PositDivisionSqrt.scala 152:93]
  assign _T_236 = sqrtOp_Z == 1'h0; // @[PositDivisionSqrt.scala 154:33]
  assign _T_237 = _T_227 & _T_236; // @[PositDivisionSqrt.scala 154:30]
  assign _T_238 = ~ signB_Z; // @[PositDivisionSqrt.scala 154:57]
  assign _T_241 = {signB_Z,_T_238,fractB_Z,5'h0}; // @[Cat.scala 29:58]
  assign _T_242 = _T_237 ? _T_241 : 12'h0; // @[PositDivisionSqrt.scala 154:22]
  assign _T_243 = _T_234 | _T_242; // @[PositDivisionSqrt.scala 153:93]
  assign _T_245 = _T_227 & sqrtOp_Z; // @[PositDivisionSqrt.scala 155:30]
  assign _T_246 = rem[11:11]; // @[PositDivisionSqrt.scala 156:83]
  assign _T_248 = _T_246 ? 8'hff : 8'h0; // @[Bitwise.scala 71:12]
  assign bitMask = _T_218[10:0]; // @[PositDivisionSqrt.scala 145:21 PositDivisionSqrt.scala 146:14]
  assign _GEN_12 = {{3'd0}, _T_248}; // @[PositDivisionSqrt.scala 156:53]
  assign _T_249 = bitMask & _GEN_12; // @[PositDivisionSqrt.scala 156:53]
  assign _GEN_13 = {{1'd0}, _T_249}; // @[PositDivisionSqrt.scala 155:51]
  assign _T_250 = sigX_Z | _GEN_13; // @[PositDivisionSqrt.scala 155:51]
  assign _T_251 = bitMask[10:1]; // @[PositDivisionSqrt.scala 157:53]
  assign _GEN_14 = {{2'd0}, _T_251}; // @[PositDivisionSqrt.scala 156:89]
  assign _T_252 = _T_250 | _GEN_14; // @[PositDivisionSqrt.scala 156:89]
  assign _T_253 = _T_245 ? _T_252 : 12'h0; // @[PositDivisionSqrt.scala 155:22]
  assign trialTerm = _T_243 | _T_253; // @[PositDivisionSqrt.scala 154:93]
  assign _T_255 = trialTerm[11:11]; // @[PositDivisionSqrt.scala 162:56]
  assign _T_256 = _T_246 ^ _T_255; // @[PositDivisionSqrt.scala 162:40]
  assign _T_259 = rem + trialTerm; // @[PositDivisionSqrt.scala 163:97]
  assign _T_261 = rem - trialTerm; // @[PositDivisionSqrt.scala 164:97]
  assign _T_262 = _T_256 ? _T_259 : _T_261; // @[PositDivisionSqrt.scala 161:92]
  assign _T_267 = {rem, 1'h0}; // @[PositDivisionSqrt.scala 168:98]
  assign _T_268 = _T_267[11:0]; // @[PositDivisionSqrt.scala 168:108]
  assign _T_270 = _T_268 + trialTerm; // @[PositDivisionSqrt.scala 168:112]
  assign _T_274 = _T_268 - trialTerm; // @[PositDivisionSqrt.scala 169:112]
  assign _T_275 = _T_256 ? _T_270 : _T_274; // @[PositDivisionSqrt.scala 166:26]
  assign trialRem = ready ? _T_262 : _T_275; // @[PositDivisionSqrt.scala 159:27]
  assign _T_276 = trialRem != 12'h0; // @[PositDivisionSqrt.scala 173:35]
  assign trIsZero = _T_276 == 1'h0; // @[PositDivisionSqrt.scala 173:25]
  assign _T_277 = rem != 12'h0; // @[PositDivisionSqrt.scala 174:30]
  assign remIsZero = _T_277 == 1'h0; // @[PositDivisionSqrt.scala 174:25]
  assign _T_279 = trialRem[11:11]; // @[PositDivisionSqrt.scala 176:64]
  assign _T_280 = _T_255 ^ _T_279; // @[PositDivisionSqrt.scala 176:49]
  assign _T_281 = ~ _T_280; // @[PositDivisionSqrt.scala 176:29]
  assign _T_282 = sigX_Z[11:11]; // @[PositDivisionSqrt.scala 178:61]
  assign _T_283 = ~ _T_282; // @[PositDivisionSqrt.scala 178:49]
  assign _T_285 = remIsZero ? _T_282 : _T_281; // @[Mux.scala 87:16]
  assign newBit = trIsZero ? _T_283 : _T_285; // @[Mux.scala 87:16]
  assign _T_286 = cycleNum > 4'h2; // @[PositDivisionSqrt.scala 183:41]
  assign _T_287 = remIsZero == 1'h0; // @[PositDivisionSqrt.scala 183:51]
  assign _T_288 = _T_286 & _T_287; // @[PositDivisionSqrt.scala 183:48]
  assign _T_289 = entering_normalCase | _T_288; // @[PositDivisionSqrt.scala 183:28]
  assign _T_292 = _T_227 & newBit; // @[PositDivisionSqrt.scala 187:39]
  assign _T_293 = entering_normalCase | _T_292; // @[PositDivisionSqrt.scala 187:28]
  assign _T_296 = {newBit, 11'h0}; // @[PositDivisionSqrt.scala 188:47]
  assign _T_297 = _T_230 ? _T_296 : 12'h0; // @[PositDivisionSqrt.scala 188:18]
  assign _T_299 = _T_232 ? 10'h200 : 10'h0; // @[PositDivisionSqrt.scala 189:18]
  assign _GEN_15 = {{2'd0}, _T_299}; // @[PositDivisionSqrt.scala 188:78]
  assign _T_300 = _T_297 | _GEN_15; // @[PositDivisionSqrt.scala 188:78]
  assign _GEN_16 = {{1'd0}, bitMask}; // @[PositDivisionSqrt.scala 190:47]
  assign _T_302 = sigX_Z | _GEN_16; // @[PositDivisionSqrt.scala 190:47]
  assign _T_303 = _T_227 ? _T_302 : 12'h0; // @[PositDivisionSqrt.scala 190:18]
  assign _T_304 = _T_300 | _T_303; // @[PositDivisionSqrt.scala 189:78]
  assign _T_306 = {_T_282, 1'h0}; // @[PositDivisionSqrt.scala 196:53]
  assign sigXBias = scaleNotChange ? _T_306 : {{1'd0}, _T_282}; // @[PositDivisionSqrt.scala 196:21]
  assign _GEN_17 = {{10'd0}, sigXBias}; // @[PositDivisionSqrt.scala 197:25]
  assign realSigX = sigX_Z + _GEN_17; // @[PositDivisionSqrt.scala 197:25]
  assign _T_309 = realSigX[8:4]; // @[PositDivisionSqrt.scala 200:97]
  assign _T_310 = realSigX[7:3]; // @[PositDivisionSqrt.scala 201:97]
  assign realFrac = scaleNotChange ? _T_309 : _T_310; // @[PositDivisionSqrt.scala 198:21]
  assign _T_311 = realSigX[11]; // @[PositDivisionSqrt.scala 205:33]
  assign _T_312 = realSigX[9]; // @[PositDivisionSqrt.scala 205:58]
  assign _T_313 = _T_311 ^ _T_312; // @[PositDivisionSqrt.scala 205:48]
  assign scaleNeedSub = ~ _T_313; // @[PositDivisionSqrt.scala 205:23]
  assign _T_315 = realSigX[8]; // @[PositDivisionSqrt.scala 206:56]
  assign notNeedSubTwo = _T_311 ^ _T_315; // @[PositDivisionSqrt.scala 206:46]
  assign scaleSubOne = scaleNeedSub & notNeedSubTwo; // @[PositDivisionSqrt.scala 207:36]
  assign _T_316 = ~ notNeedSubTwo; // @[PositDivisionSqrt.scala 208:38]
  assign scaleSubTwo = scaleNeedSub & _T_316; // @[PositDivisionSqrt.scala 208:36]
  assign _T_317 = {scaleSubTwo,scaleSubOne}; // @[Cat.scala 29:58]
  assign _T_318 = {1'b0,$signed(_T_317)}; // @[PositDivisionSqrt.scala 209:63]
  assign _GEN_18 = {{2{_T_318[2]}},_T_318}; // @[PositDivisionSqrt.scala 209:31]
  assign _T_320 = $signed(scale_Z) - $signed(_GEN_18); // @[PositDivisionSqrt.scala 209:31]
  assign realExp = $signed(_T_320); // @[PositDivisionSqrt.scala 209:31]
  assign underflow = $signed(realExp) < $signed(-5'sh7); // @[PositDivisionSqrt.scala 210:31]
  assign overflow = $signed(realExp) > $signed(5'sh6); // @[PositDivisionSqrt.scala 211:31]
  assign decQ_sign = realSigX[11:11]; // @[PositDivisionSqrt.scala 215:33]
  assign _T_322 = underflow ? $signed(-5'sh7) : $signed(realExp); // @[Mux.scala 87:16]
  assign _T_323 = overflow ? $signed(5'sh6) : $signed(_T_322); // @[Mux.scala 87:16]
  assign _T_324 = realSigX[3:1]; // @[PositDivisionSqrt.scala 224:48]
  assign _T_325 = realSigX[2:0]; // @[PositDivisionSqrt.scala 224:64]
  assign decQ_grs = scaleNotChange ? _T_324 : _T_325; // @[PositDivisionSqrt.scala 224:23]
  assign outValid = cycleNum == 4'h1; // @[PositDivisionSqrt.scala 229:28]
  assign _GEN_19 = _T_323[3:0]; // @[PositDivisionSqrt.scala 204:27 PositDivisionSqrt.scala 216:23]
  assign decQ_scale = $signed(_GEN_19); // @[PositDivisionSqrt.scala 204:27 PositDivisionSqrt.scala 216:23]
  assign _T_332 = decQ_scale[3:3]; // @[convert.scala 49:36]
  assign _T_334 = ~ decQ_scale; // @[convert.scala 50:36]
  assign _T_335 = $signed(_T_334); // @[convert.scala 50:36]
  assign _T_336 = _T_332 ? $signed(_T_335) : $signed(decQ_scale); // @[convert.scala 50:28]
  assign _T_337 = _T_332 ^ decQ_sign; // @[convert.scala 51:31]
  assign _T_338 = ~ _T_337; // @[convert.scala 53:34]
  assign _T_341 = {_T_338,_T_337,realFrac,decQ_grs}; // @[Cat.scala 29:58]
  assign _T_342 = $unsigned(_T_336); // @[Shift.scala 39:17]
  assign _T_343 = _T_342 < 4'ha; // @[Shift.scala 39:24]
  assign _T_345 = _T_341[9:8]; // @[Shift.scala 90:30]
  assign _T_346 = _T_341[7:0]; // @[Shift.scala 90:48]
  assign _T_347 = _T_346 != 8'h0; // @[Shift.scala 90:57]
  assign _GEN_20 = {{1'd0}, _T_347}; // @[Shift.scala 90:39]
  assign _T_348 = _T_345 | _GEN_20; // @[Shift.scala 90:39]
  assign _T_349 = _T_342[3]; // @[Shift.scala 12:21]
  assign _T_350 = _T_341[9]; // @[Shift.scala 12:21]
  assign _T_352 = _T_350 ? 8'hff : 8'h0; // @[Bitwise.scala 71:12]
  assign _T_353 = {_T_352,_T_348}; // @[Cat.scala 29:58]
  assign _T_354 = _T_349 ? _T_353 : _T_341; // @[Shift.scala 91:22]
  assign _T_355 = _T_342[2:0]; // @[Shift.scala 92:77]
  assign _T_356 = _T_354[9:4]; // @[Shift.scala 90:30]
  assign _T_357 = _T_354[3:0]; // @[Shift.scala 90:48]
  assign _T_358 = _T_357 != 4'h0; // @[Shift.scala 90:57]
  assign _GEN_21 = {{5'd0}, _T_358}; // @[Shift.scala 90:39]
  assign _T_359 = _T_356 | _GEN_21; // @[Shift.scala 90:39]
  assign _T_360 = _T_355[2]; // @[Shift.scala 12:21]
  assign _T_361 = _T_354[9]; // @[Shift.scala 12:21]
  assign _T_363 = _T_361 ? 4'hf : 4'h0; // @[Bitwise.scala 71:12]
  assign _T_364 = {_T_363,_T_359}; // @[Cat.scala 29:58]
  assign _T_365 = _T_360 ? _T_364 : _T_354; // @[Shift.scala 91:22]
  assign _T_366 = _T_355[1:0]; // @[Shift.scala 92:77]
  assign _T_367 = _T_365[9:2]; // @[Shift.scala 90:30]
  assign _T_368 = _T_365[1:0]; // @[Shift.scala 90:48]
  assign _T_369 = _T_368 != 2'h0; // @[Shift.scala 90:57]
  assign _GEN_22 = {{7'd0}, _T_369}; // @[Shift.scala 90:39]
  assign _T_370 = _T_367 | _GEN_22; // @[Shift.scala 90:39]
  assign _T_371 = _T_366[1]; // @[Shift.scala 12:21]
  assign _T_372 = _T_365[9]; // @[Shift.scala 12:21]
  assign _T_374 = _T_372 ? 2'h3 : 2'h0; // @[Bitwise.scala 71:12]
  assign _T_375 = {_T_374,_T_370}; // @[Cat.scala 29:58]
  assign _T_376 = _T_371 ? _T_375 : _T_365; // @[Shift.scala 91:22]
  assign _T_377 = _T_366[0:0]; // @[Shift.scala 92:77]
  assign _T_378 = _T_376[9:1]; // @[Shift.scala 90:30]
  assign _T_379 = _T_376[0:0]; // @[Shift.scala 90:48]
  assign _GEN_23 = {{8'd0}, _T_379}; // @[Shift.scala 90:39]
  assign _T_381 = _T_378 | _GEN_23; // @[Shift.scala 90:39]
  assign _T_383 = _T_376[9]; // @[Shift.scala 12:21]
  assign _T_384 = {_T_383,_T_381}; // @[Cat.scala 29:58]
  assign _T_385 = _T_377 ? _T_384 : _T_376; // @[Shift.scala 91:22]
  assign _T_388 = _T_350 ? 10'h3ff : 10'h0; // @[Bitwise.scala 71:12]
  assign _T_389 = _T_343 ? _T_385 : _T_388; // @[Shift.scala 39:10]
  assign _T_390 = _T_389[3]; // @[convert.scala 55:31]
  assign _T_391 = _T_389[2]; // @[convert.scala 56:31]
  assign _T_392 = _T_389[1]; // @[convert.scala 57:31]
  assign _T_393 = _T_389[0]; // @[convert.scala 58:31]
  assign _T_394 = _T_389[9:3]; // @[convert.scala 59:69]
  assign _T_395 = _T_394 != 7'h0; // @[convert.scala 59:81]
  assign _T_396 = ~ _T_395; // @[convert.scala 59:50]
  assign _T_398 = _T_394 == 7'h7f; // @[convert.scala 60:81]
  assign _T_399 = _T_390 | _T_392; // @[convert.scala 61:44]
  assign _T_400 = _T_399 | _T_393; // @[convert.scala 61:52]
  assign _T_401 = _T_391 & _T_400; // @[convert.scala 61:36]
  assign _T_402 = ~ _T_398; // @[convert.scala 62:63]
  assign _T_403 = _T_402 & _T_401; // @[convert.scala 62:103]
  assign _T_404 = _T_396 | _T_403; // @[convert.scala 62:60]
  assign _GEN_24 = {{6'd0}, _T_404}; // @[convert.scala 63:56]
  assign _T_407 = _T_394 + _GEN_24; // @[convert.scala 63:56]
  assign _T_408 = {decQ_sign,_T_407}; // @[Cat.scala 29:58]
  assign _T_410 = isZero_Z ? 8'h0 : _T_408; // @[Mux.scala 87:16]
  assign io_inReady = cycleNum <= 4'h1; // @[PositDivisionSqrt.scala 231:17]
  assign io_diviValid = outValid & _T_236; // @[PositDivisionSqrt.scala 232:17]
  assign io_sqrtValid = outValid & sqrtOp_Z; // @[PositDivisionSqrt.scala 233:17]
  assign io_invalidExc = isNaR_Z; // @[PositDivisionSqrt.scala 234:17]
  assign io_Q = isNaR_Z ? 8'h80 : _T_410; // @[PositDivisionSqrt.scala 235:17]
`ifdef RANDOMIZE_GARBAGE_ASSIGN
`define RANDOMIZE
`endif
`ifdef RANDOMIZE_INVALID_ASSIGN
`define RANDOMIZE
`endif
`ifdef RANDOMIZE_REG_INIT
`define RANDOMIZE
`endif
`ifdef RANDOMIZE_MEM_INIT
`define RANDOMIZE
`endif
`ifndef RANDOM
`define RANDOM $random
`endif
`ifdef RANDOMIZE_MEM_INIT
  integer initvar;
`endif
initial begin
  `ifdef RANDOMIZE
    `ifdef INIT_RANDOM
      `INIT_RANDOM
    `endif
    `ifndef VERILATOR
      `ifdef RANDOMIZE_DELAY
        #`RANDOMIZE_DELAY begin end
      `else
        #0.002 begin end
      `endif
    `endif
  `ifdef RANDOMIZE_REG_INIT
  _RAND_0 = {1{`RANDOM}};
  cycleNum = _RAND_0[3:0];
  `endif // RANDOMIZE_REG_INIT
  `ifdef RANDOMIZE_REG_INIT
  _RAND_1 = {1{`RANDOM}};
  sqrtOp_Z = _RAND_1[0:0];
  `endif // RANDOMIZE_REG_INIT
  `ifdef RANDOMIZE_REG_INIT
  _RAND_2 = {1{`RANDOM}};
  isNaR_Z = _RAND_2[0:0];
  `endif // RANDOMIZE_REG_INIT
  `ifdef RANDOMIZE_REG_INIT
  _RAND_3 = {1{`RANDOM}};
  isZero_Z = _RAND_3[0:0];
  `endif // RANDOMIZE_REG_INIT
  `ifdef RANDOMIZE_REG_INIT
  _RAND_4 = {1{`RANDOM}};
  scale_Z = _RAND_4[4:0];
  `endif // RANDOMIZE_REG_INIT
  `ifdef RANDOMIZE_REG_INIT
  _RAND_5 = {1{`RANDOM}};
  signB_Z = _RAND_5[0:0];
  `endif // RANDOMIZE_REG_INIT
  `ifdef RANDOMIZE_REG_INIT
  _RAND_6 = {1{`RANDOM}};
  fractB_Z = _RAND_6[4:0];
  `endif // RANDOMIZE_REG_INIT
  `ifdef RANDOMIZE_REG_INIT
  _RAND_7 = {1{`RANDOM}};
  rem_Z = _RAND_7[11:0];
  `endif // RANDOMIZE_REG_INIT
  `ifdef RANDOMIZE_REG_INIT
  _RAND_8 = {1{`RANDOM}};
  sigX_Z = _RAND_8[11:0];
  `endif // RANDOMIZE_REG_INIT
  `endif // RANDOMIZE
end
  always @(posedge clock) begin
    if (reset) begin
      cycleNum <= 4'h0;
    end else begin
      if (_T_195) begin
        cycleNum <= _T_212;
      end
    end
    if (entering) begin
      sqrtOp_Z <= io_sqrtOp;
    end
    if (entering) begin
      if (io_sqrtOp) begin
        isNaR_Z <= _T_179;
      end else begin
        isNaR_Z <= _T_181;
      end
    end
    if (entering) begin
      if (io_sqrtOp) begin
        isZero_Z <= decA_isZero;
      end else begin
        isZero_Z <= _T_185;
      end
    end
    if (entering_normalCase) begin
      if (io_sqrtOp) begin
        scale_Z <= {{2{_T_213[2]}},_T_213};
      end else begin
        scale_Z <= sExpQuot_S_div;
      end
    end
    if (_T_216) begin
      signB_Z <= _T_86;
    end
    if (_T_216) begin
      if (_T_131) begin
        if (_T_144) begin
          fractB_Z <= _T_147;
        end else begin
          if (_T_139) begin
            fractB_Z <= _T_142;
          end else begin
            if (_T_133) begin
              fractB_Z <= _T_136;
            end else begin
              fractB_Z <= _T_130;
            end
          end
        end
      end else begin
        fractB_Z <= 5'h0;
      end
    end
    if (_T_289) begin
      if (ready) begin
        if (_T_256) begin
          rem_Z <= _T_259;
        end else begin
          rem_Z <= _T_261;
        end
      end else begin
        if (_T_256) begin
          rem_Z <= _T_270;
        end else begin
          rem_Z <= _T_274;
        end
      end
    end
    if (_T_293) begin
      sigX_Z <= _T_304;
    end
  end
endmodule